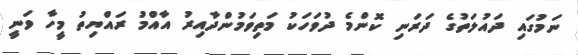
ނަމުގައި ދައުލަތުގެ ދަރަނި ކޮންމެ ދުވަހަކު މަތިވަމުންދާއިރު އާއްމު ރައްޔިތު މީހާ ވަނީ